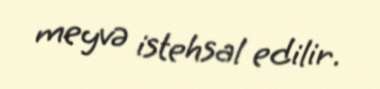
meyvə istehsal edilir.